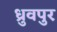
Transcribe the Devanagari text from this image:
ध्रुवपुर